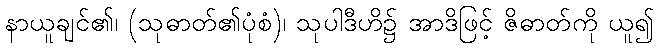
နာယူချင်၏၊ (သုဓာတ်၏ပုံစံ)၊ သုပါဒီဟိ၌ အာဒိဖြင့် ဇိဓာတ်ကို ယူ၍